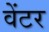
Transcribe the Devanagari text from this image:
वेंटर